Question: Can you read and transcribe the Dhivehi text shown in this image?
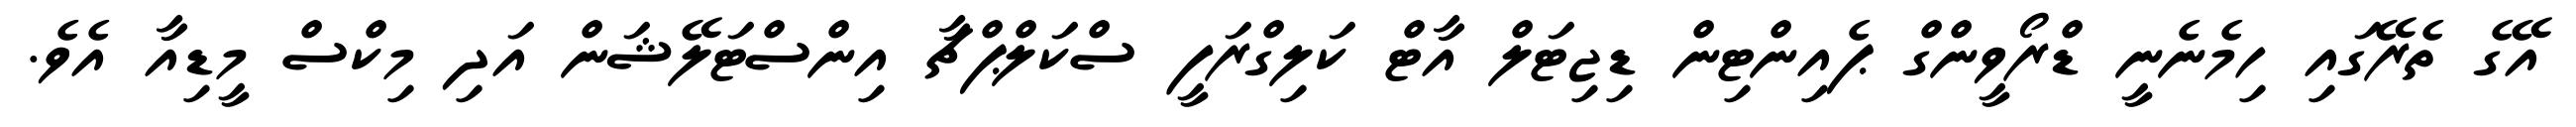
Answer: އޭގެ ތެރޭގައި ހިމެނެނީ ޑްރޯވީންގް ޕެއިންޓިން ޑިޖިޓަލް އާޓް ކަލިގްރަފީ ސްކަލްޕްޗާ އިންސްޓަލޭޝަން އަދި މިކްސް މީޑިއާ އެވެ.